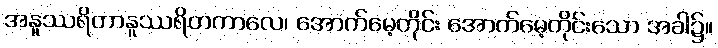
အနူဿရိတာနူဿရိတကာလေ၊ အောက်မေ့တိုင်း အောက်မေ့တိုင်းသော အခါ၌။